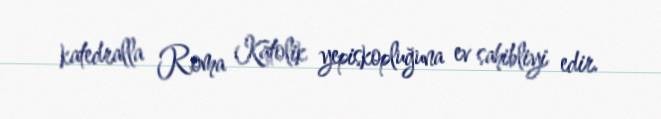
katedralla Roma Katolik yepiskopluğuna ev sahibliyi edir.